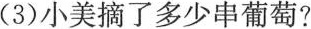
（3）小美摘了多少串葡萄？